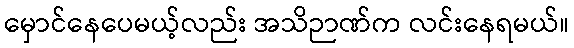
မှောင်နေပေမယ့်လည်း အသိဉာဏ်က လင်းနေရမယ်။